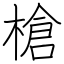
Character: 槍